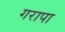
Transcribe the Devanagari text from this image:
गरापा